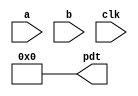

// Generated by Cadence Genus(TM) Synthesis Solution 19.11-s087_1
// Generated on: Jul 28 2022 18:25:59 CEST (Jul 28 2022 16:25:59 UTC)

// Verification Directory fv/multiplier 

module multiplier(a, b, clk, pdt);
  input [3:0] a, b;
  input clk;
  output [7:0] pdt;
  wire [3:0] a, b;
  wire clk;
  wire [7:0] pdt;
  assign pdt[0] = 1'b0;
  assign pdt[1] = 1'b0;
  assign pdt[2] = 1'b0;
  assign pdt[3] = 1'b0;
  assign pdt[4] = 1'b0;
  assign pdt[5] = 1'b0;
  assign pdt[6] = 1'b0;
  assign pdt[7] = 1'b0;
endmodule